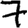
Digit: 7